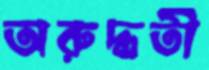
অরুদ্ধতী